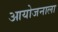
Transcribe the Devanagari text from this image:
आयोजनाला